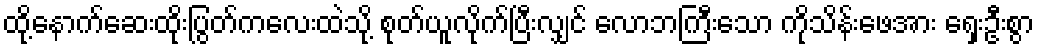
ထို့နောက်ဆေးထိုးပြွတ်ကလေးထဲသို့ စုတ်ယူလိုက်ပြီးလျှင် လောဘကြီးသော ကိုသိန်းဖေအား ရှေးဦးစွာ